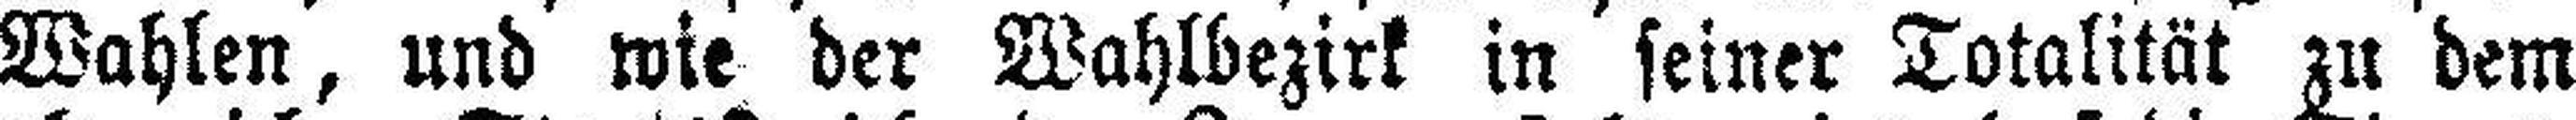
Wahlen, und wie der Wahlbezirk in seiner Totalität zu dem